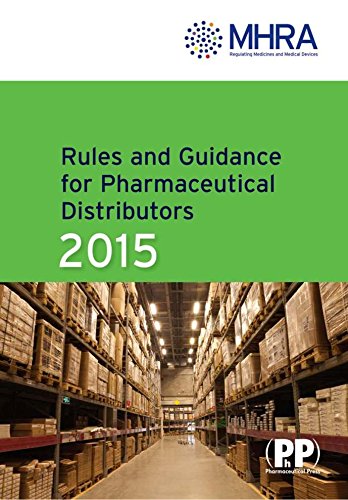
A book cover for Rules and Guidance for Pharmaceutical Distributors 2015: The Green Guide; Business & Money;